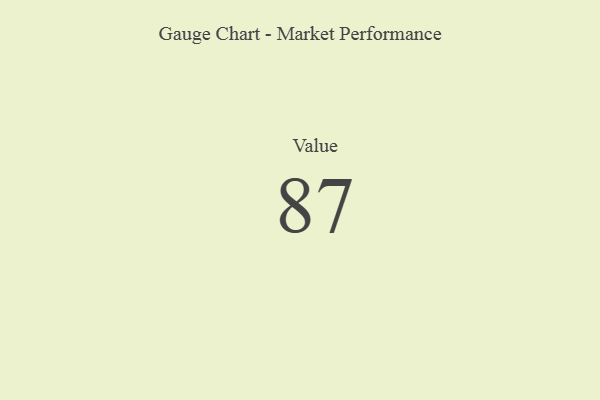
{"axis": {"x": "Metric", "y": "Value"}, "legend": [""], "data": [{"x": "Value", "y": 87, "type": ""}]}